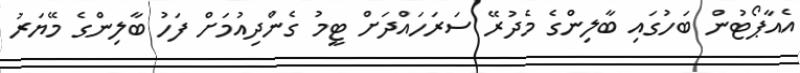
އެއާޕޯޓުން ބަހުގައި ބާލިންގެ މެދުރޭ ސަރަހައްދަށް ޓީމު ގެންދިއުމަށް ފަހު ބާލިންގެ މޭޔަރު